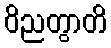
ဝိညတွာတိ